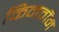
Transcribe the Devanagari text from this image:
किनवॉन